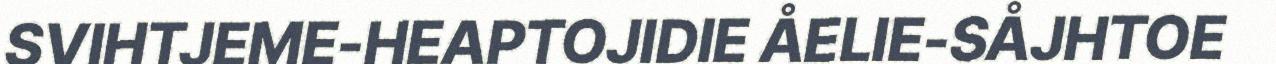
SVIHTJEME-HEAPTOJIDIE ÅELIE-SÅJHTOE